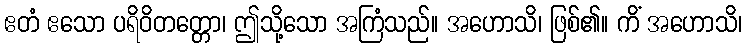
ဧတံ ဧသော ပရိဝိတတ္တော၊ ဤသို့သော အကြံသည်။ အဟောသိ၊ ဖြစ်၏။ ကိံ အဟောသိ၊